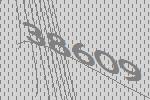
38609